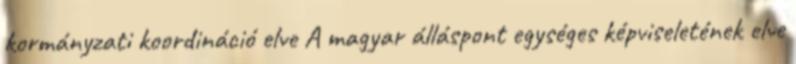
kormányzati koordináció elve A magyar álláspont egységes képviseletének elve